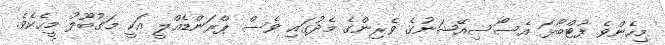
މިހެންވެ ފުޓްބޯޅަ އެސޯސިއޭޝަނުގެ ވެރިންގެ މެދުގައި ވެސް ޕްރަންޑެއްލީ އަކީ މަގުބޫލު މީހެކެވެ.